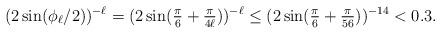
LaTeX: \begin{align*} (2 \sin(\phi_{\ell}/2))^{-\ell} = (2 \sin(\tfrac{\pi}{6} + \tfrac{\pi}{4 \ell}))^{-\ell} \leq (2 \sin(\tfrac{\pi}{6} + \tfrac{\pi}{56}))^{-14} < 0.3.\end{align*}